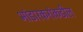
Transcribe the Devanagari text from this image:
भांडारकरांकडील